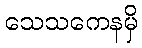
သေသကေနမှိ